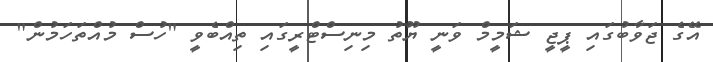
އޭގެ ޖަވާބުގައި ޕީޖީ ޝަމީމް ވަނީ ޔޫތު މިނިސްޓްރީގައި ތިއްބެވީ "ހުސް މުއްތަހަމުން"